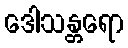
ဒေါသန္တရော